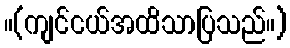
။(ကျင်ငယ်အထိသာပြသည်။)